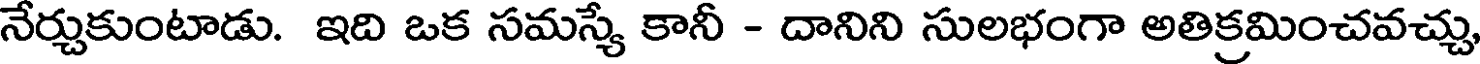
నేర్చుకుంటాడు. ఇది ఒక సమస్యే కానీ - దానిని సులభంగా అతిక్రమించవచ్చు